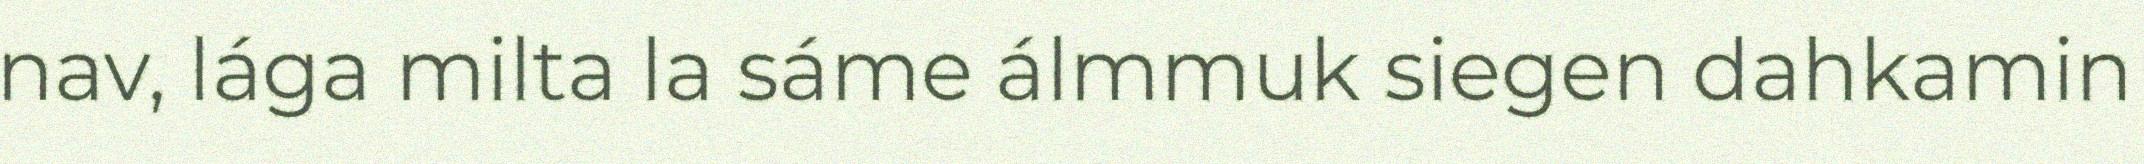
nav, lága milta la sáme álmmuk siegen dahkamin